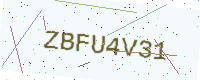
Text: ZBFU4V31